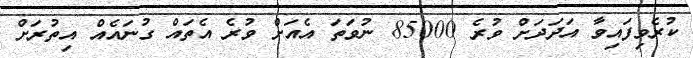
ކުރެވިފައިވާ އަދަަދަށް ވުރެ 85000 ނުވަތަ އެއަށް ވުރެ އެތައް ގުނައެއް އިތުރަށް